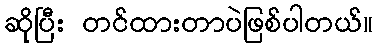
ဆိုပြီး တင်ထားတာပဲဖြစ်ပါတယ်။